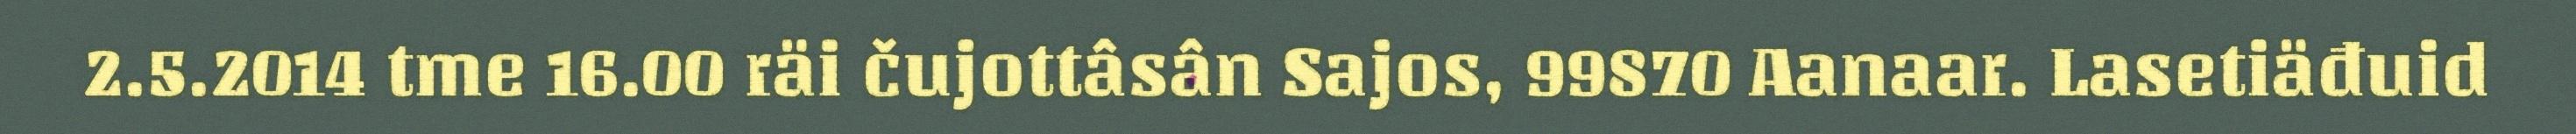
2.5.2014 tme 16.00 räi čujottâsân Sajos, 99870 Aanaar. Lasetiäđuid